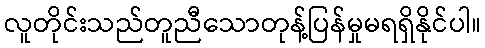
လူတိုင်းသည်တူညီသောတုန့်ပြန်မှုမရရှိနိုင်ပါ။